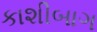
કાશીબાગ